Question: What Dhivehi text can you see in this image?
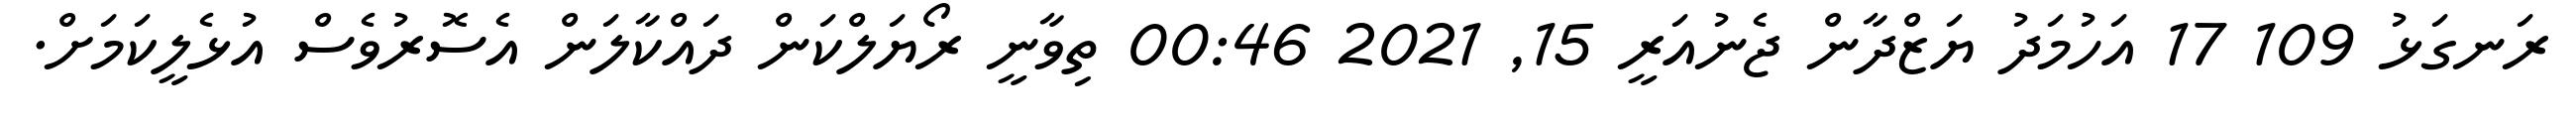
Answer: ރަނގަޅު 109 17 އަހުމަދު ޔަޒްދާން ޖެނުއަރީ 15, 2021 00:46 ތިވާނީ ރޯޔަލްކަން ދައްކާލަން އެސޮރުވެސް އުޅެލީކަމަށް.